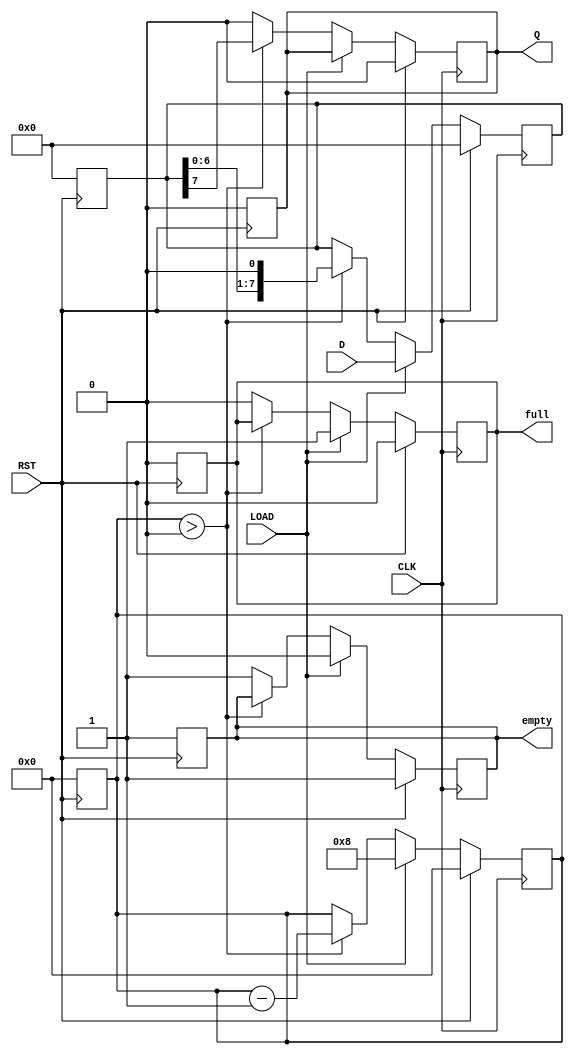
module PISO_Register #(
    parameter N = 8  // Parameter for the number of bits
)(
    input wire [N-1:0] D,     // Parallel Data Input
    input wire LOAD,           // Load/Shift Control Signal
    input wire CLK,            // Clock Input
    input wire RST,            // Asynchronous Reset
    output reg Q,              // Serial Output
    output reg empty,          // Empty Flag
    output reg full            // Full Flag
);

    reg [N-1:0] shift_reg;     // Shift Register to hold the data
    reg [3:0] count;           // Counter to keep track of the number of bits shifted out

    // Asynchronous Reset
    always @(posedge RST) begin
        shift_reg <= 0;
        Q <= 0;
        count <= 0;
        empty <= 1; // Initially empty
        full <= 0;  // Initially not full
    end

    // Main Operation
    always @(posedge CLK) begin
        if (RST) begin
            shift_reg <= 0;
            Q <= 0;
            count <= 0;
            empty <= 1;
            full <= 0;
        end else begin
            if (LOAD) begin
                // Load operation
                shift_reg <= D; // Load parallel data into the shift register
                count <= N;     // Set count to N (full)
                empty <= 0;     // Register is not empty
                full <= 1;      // Register is full
            end else begin
                // Shift operation
                if (count > 0) begin
                    Q <= shift_reg[N-1]; // Output the MSB
                    shift_reg <= {shift_reg[N-2:0], 1'b0}; // Shift left
                    count <= count - 1; // Decrease count
                end else begin
                    Q <= 0; // Output 0 when empty
                    empty <= 1; // Mark as empty
                    full <= 0;  // Mark as not full
                end
            end
        end
    end

endmodule